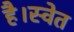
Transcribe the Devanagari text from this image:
है।स्वेत